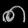
Digit: ၈